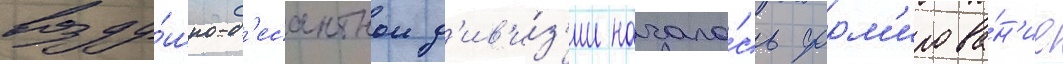
возду́шно-д'есантнои д'ив'и́з'ии начало́сь форм'ирова́н'ие